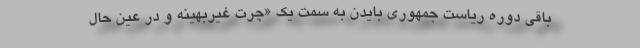
باقی دوره ریاست جمهوری بایدن به سمت یک «چُرتِ غیربهینه و در عین حال